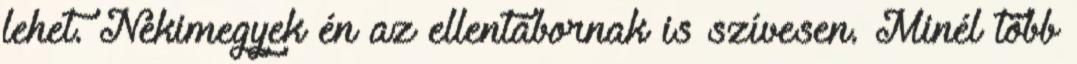
lehet. Nekimegyek én az ellentábornak is szívesen. Minél több